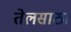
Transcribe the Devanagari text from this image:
तेलसाठा